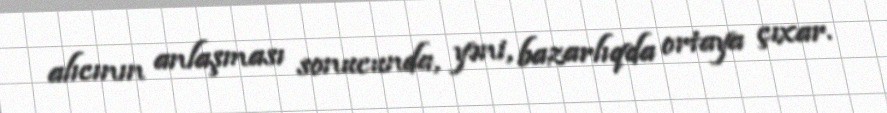
alıcının anlaşması sonucunda, yəni, bazarlıqda ortaya çıxar.